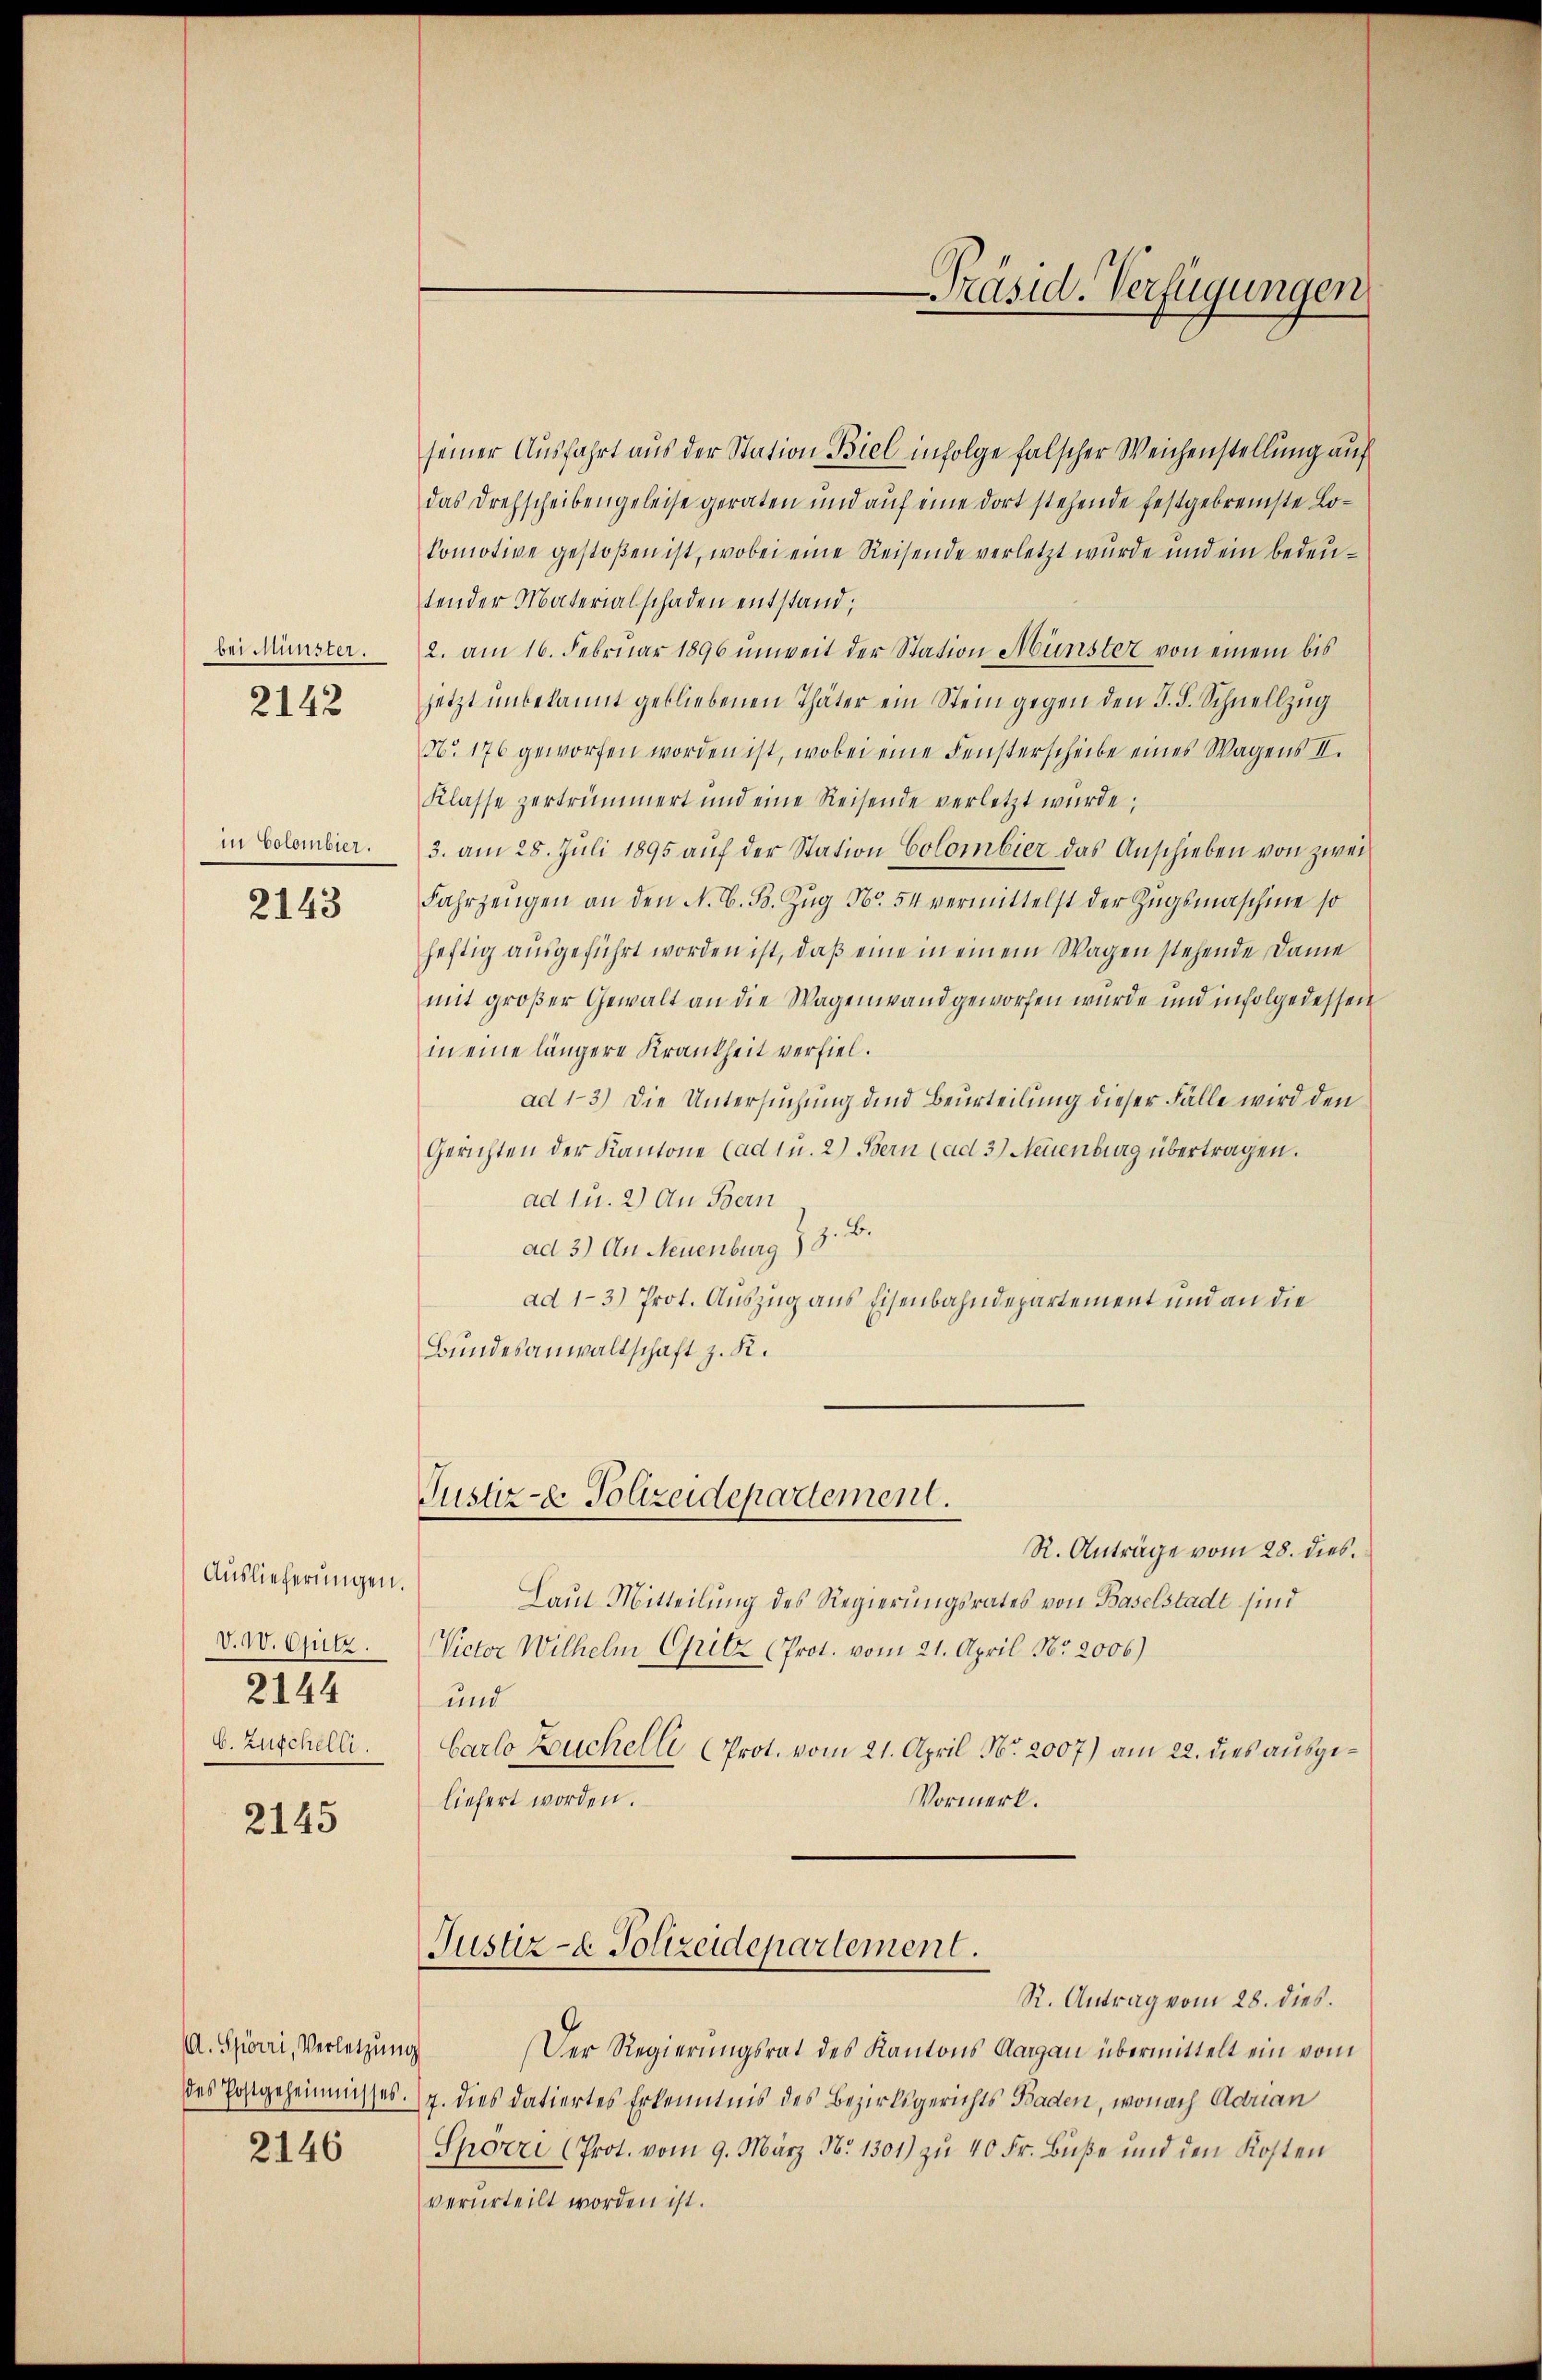
bei Münster.
2142

in Colombier.
2143

Auslieferungen.
V. W. Opitz.
2144
b. Zuschelli
2145

A. Spörri, Verletzung
des Postgeheimisses.
2146

seiner Ausfahrt aus der Station Biel infolge falscher Weichenstellung auf
das Drehscheibengeleise geraten und auf eine dort stehende festgebremste Lokomotive gestoßen ist, wobei eine Reisende verletzt wurde und ein bedeutender Materialschaden entstand;
2. am 16. Februar 1896 unweit der Station Münster von einem bis
jetzt unbekannt gebliebenen Thäter ein Stein gegen den 5. d. Schnellzug
No. 176 geworfen worden ist, wobei eine Fensterscheibe eines Wagens II.
Klasse zertrümmert und eine Reisende verletzt wurde,
3. am 28. Juli 1895 auf der Station Colombier das Anschieben von zwei
Fahrzeugen an den N. V. B. Zŭg No. 54 vermittelst der Zugsmaschine so
heftig ausgeführt worden ist, daß eine in einem Wagen stehende Dame
mit großer Gewalt an die Wagenwand geworfen wurde und infolge dessen
in eine längere Krankheit verfiel.
ad 13) Die Untersuchung und Beurteilung dieser Fälle wird den
Gerichten der Kantone (ad 1 u. 2) Bern (ad 3.) Neuenburg übertragen.
ad u. 2) An Bern
ad 3.) An Neuenburg z. B.
ad 1-3) Prot. Auszug aus Eisenbahndepartement und an die
Bundesanwaltschaft z. K.
Justiz- & Polizeidepartement.
R. Anträge vom 28. dies.
Laut Mitteilung des Regierungsrates von Baselstadt sind
Victor Wilhelm Opitz (Prot. vom 21. April Nr. 2006)
und
Carlo Buchelli (Prot. vom 21. April No. 2007) am 22. dies ausgeliefert worden.
Vormerk.
Justiz- & Polizeidepartement.
R. Antrag vom 28. dies.
Der Regierungsrat des Kantons Aargau übermittelt ein vom
7. dies datiertes Erkenntnis des Bezirksgerichts Baden, wonach Adrian
Spörri (Prot. vom 9. März No. 1301) zu 40 Fr. Buße und den Kosten
verurteilt worden ist.

Präsid. Verfügungen